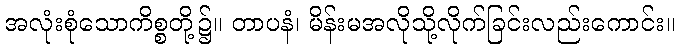
အလုံးစုံသောကိစ္စတို့၌။ တာပနံ၊ မိန်းမအလိုသို့လိုက်ခြင်းလည်းကောင်း။